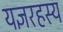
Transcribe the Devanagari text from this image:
यज्ञरहस्य